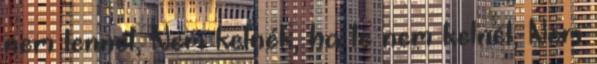
nem lennél, Nem kelnék, ha te nem kelnél, Nem